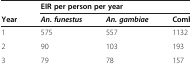
|  | <COLSPAN=3> EIR per person per year |
 | Year | An. funestus | An. gambiae | Combined species |
 | --- | --- | --- | --- |
 | 1 | 575 | 557 | 1132 |
 | 2 | 90 | 103 | 193 |
 | 3 | 79 | 78 | 157 |